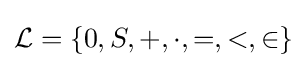
{\mathcal {L}}=\{0,S,+,\cdot ,=,<,\in \}